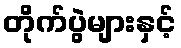
တိုက်ပွဲများနှင့်